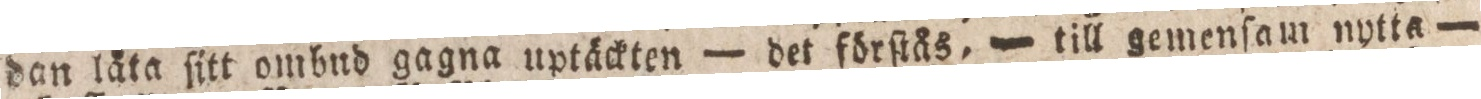
dan läta ſitt ombnd gagna uptäckten — det förſtås, — till gemenſam nytta —